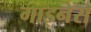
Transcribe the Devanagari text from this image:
गाइनेस